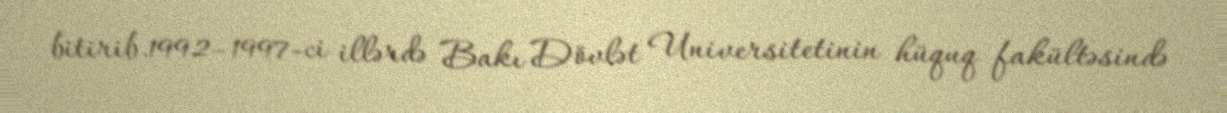
bitirib.1992–1997-ci illərdə Bakı Dövlət Universitetinin hüquq fakültəsində